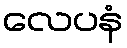
လေပနံ